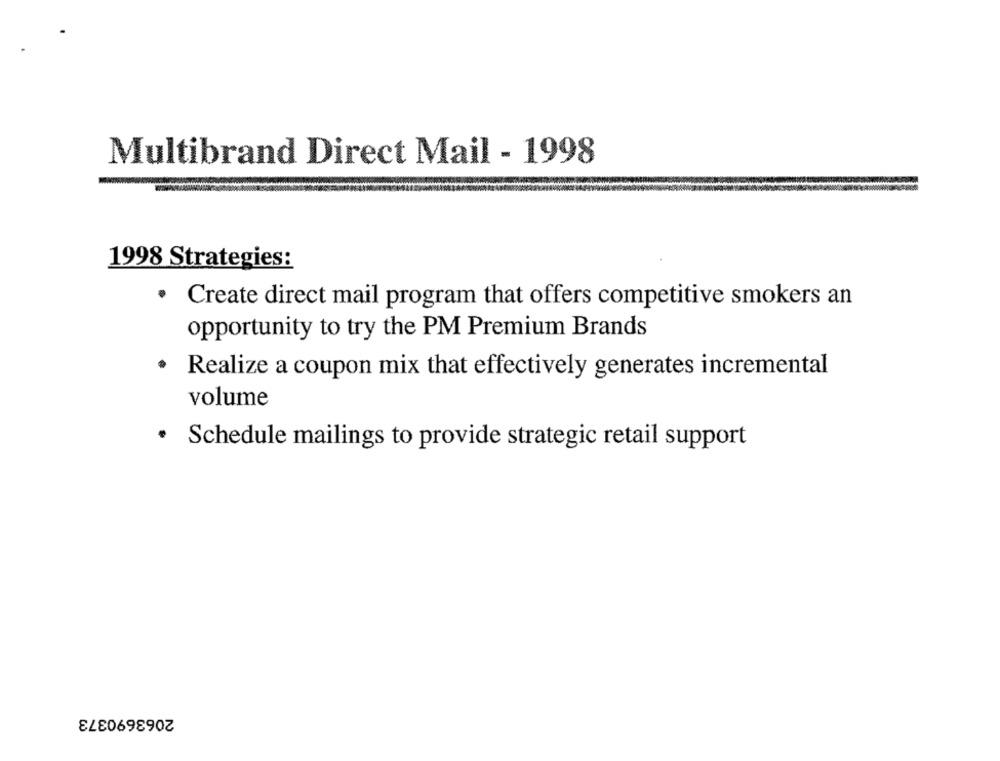
Multibrand Direct Mail - 1998
1998 Strategies:
· Create direct mail program that offers competitive smokers an
opportunity to try the PM Premium Brands
.
Realize a coupon mix that effectively generates incremental
volume
.
Schedule mailings to provide strategic retail support
2063690373